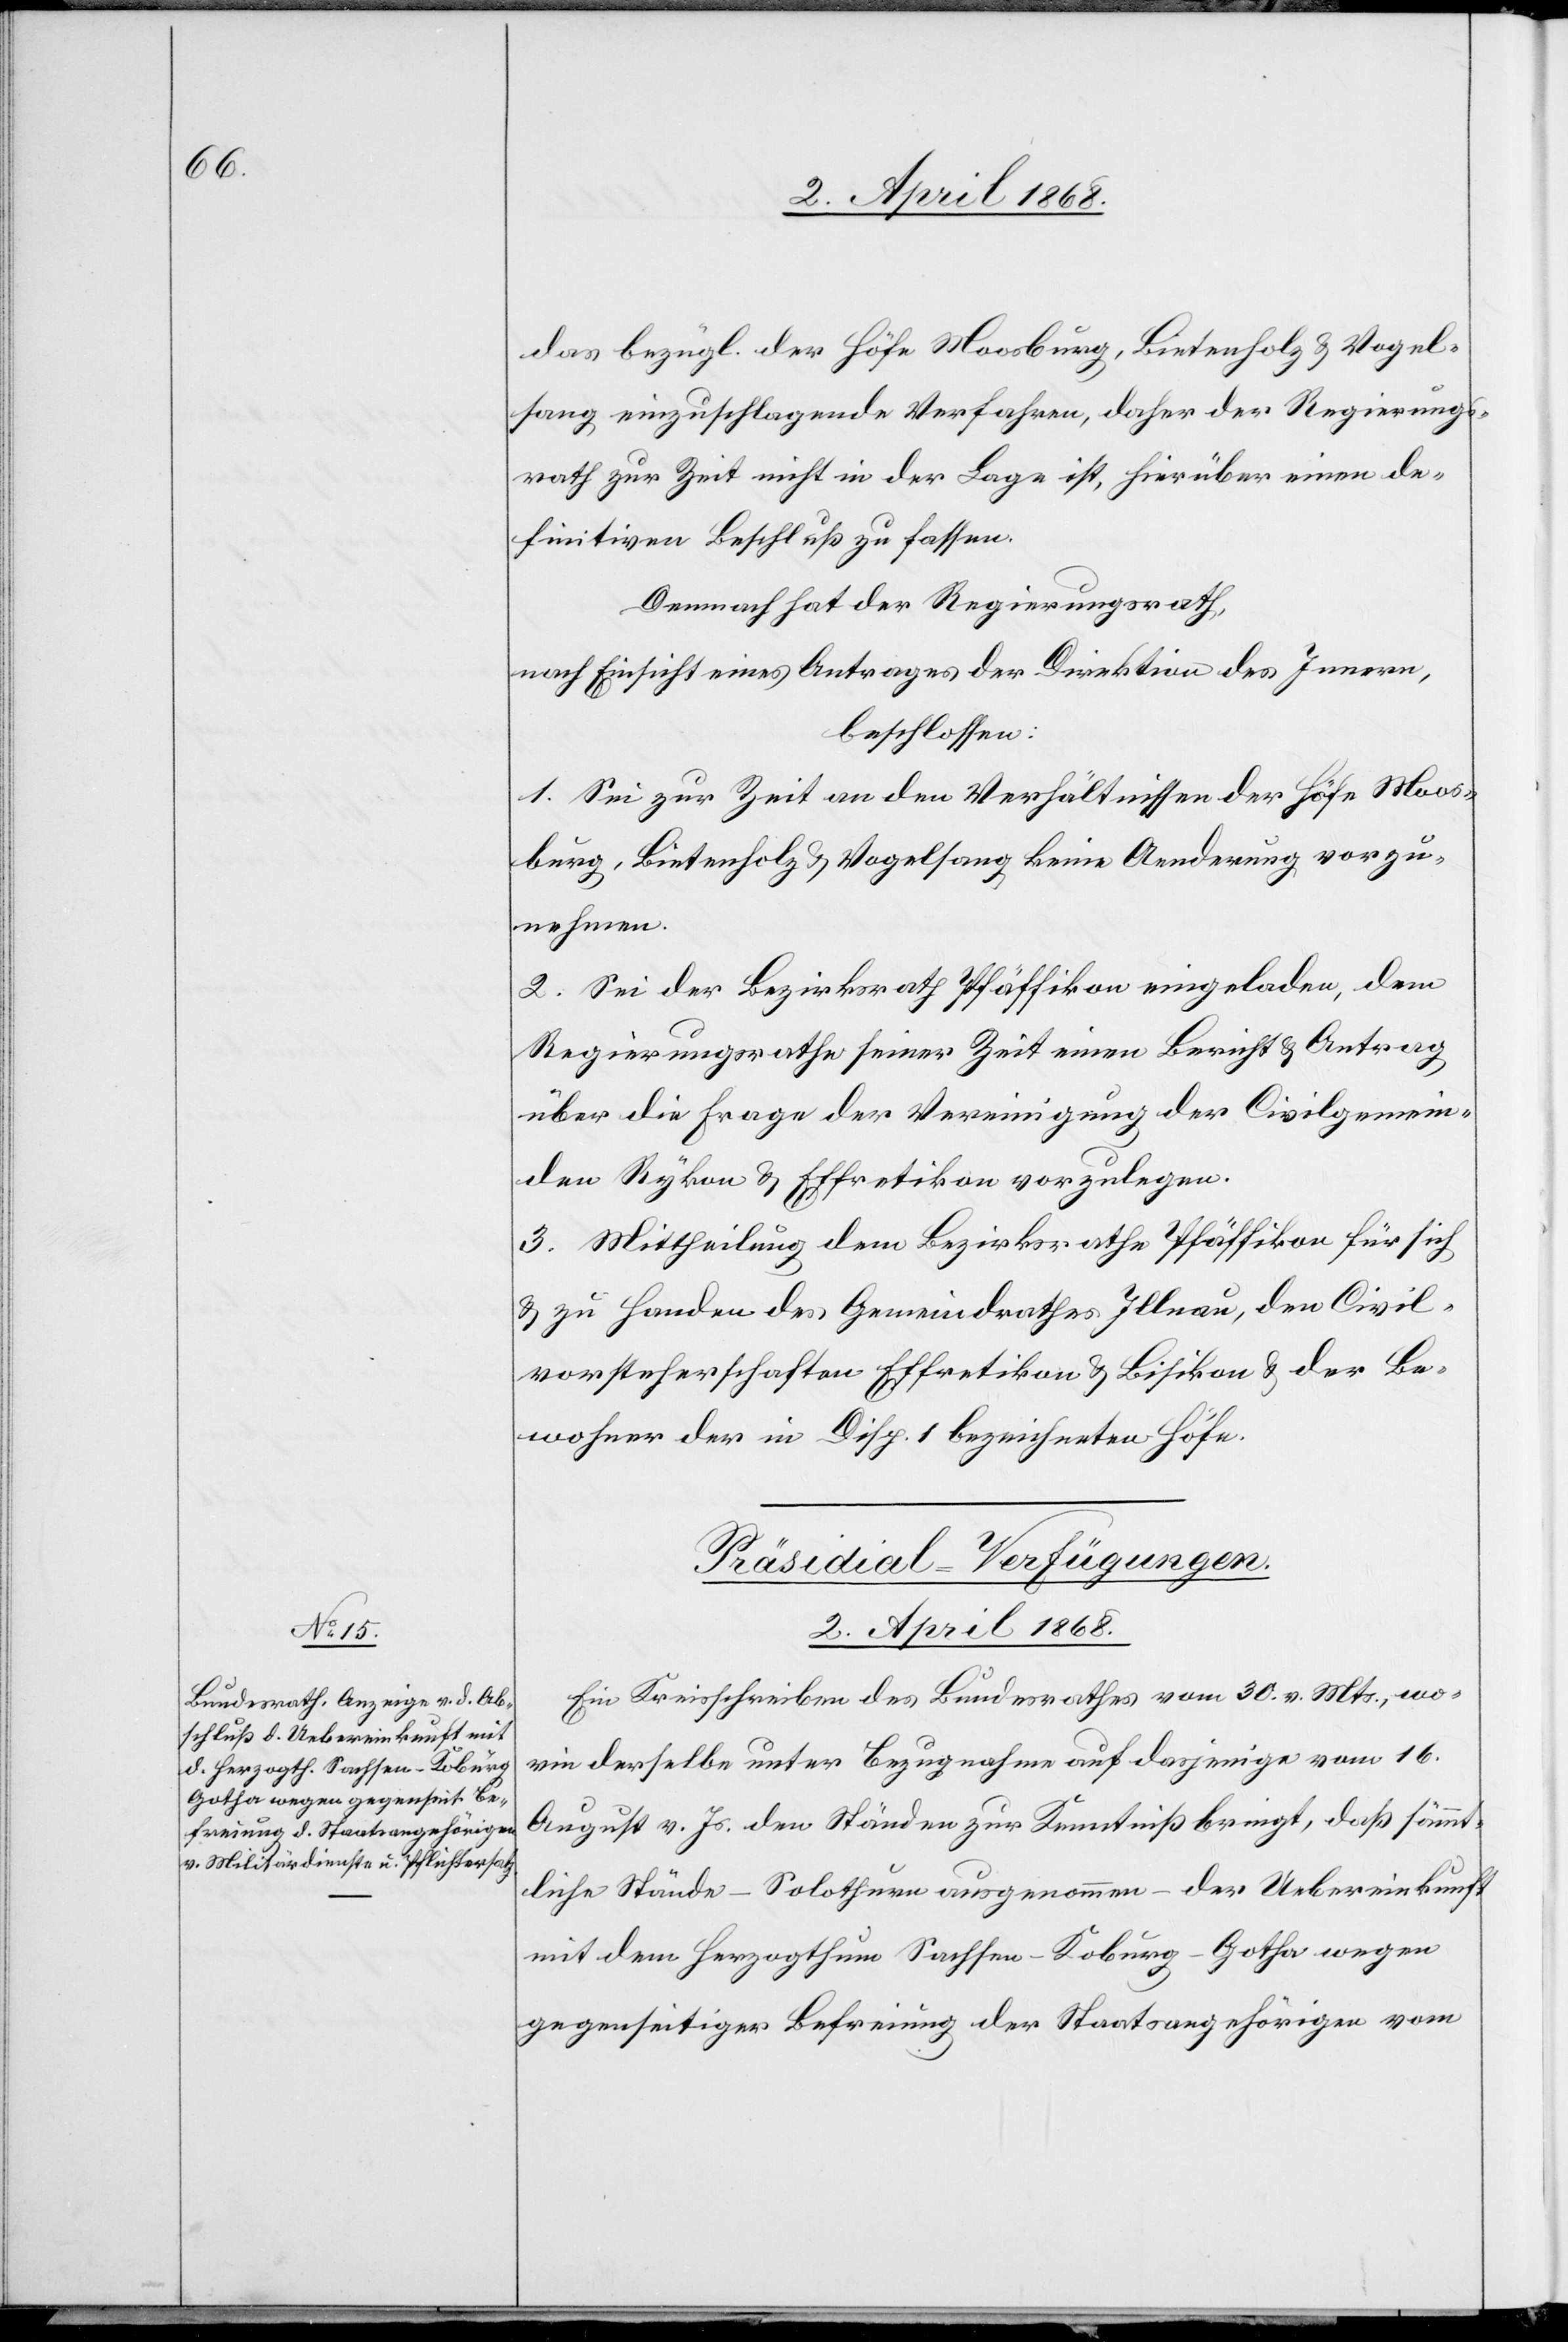
das bezügl. der Höfe Moosburg, Bietenholz & Vogel¬
sang einzuschlagende Verfahren, daher der Regierungs¬
rath zur Zeit nicht in der Lage ist, hierüber einen de¬
finitiven Beschluß zu fassen.
Demnach hat der Regierungsrath,
nach Einsicht eines Antrages der Direktion des Innern,
beschlossen:
1. Sei zur Zeit an den Verhältnissen der Höfe Moos¬
burg, Bietenholz & Vogelsang keine Aenderung vorzu¬
nehmen.
2. Sei der Bezirksrath Pfäffikon eingeladen, dem
Regierungsrathe seiner Zeit einen Bericht & Antrag
über die Frage der Vereinigung der Civilgemein¬
den Rykon & Effretikon vorzulegen.
3. Mittheilung dem Bezirksrathe Pfäffikon für sich
& zu Handen des Gemeindrathes Illnau, den Civil¬
vorsteherschaften Effretikon & Bisikon & der Be¬
wohner der in Disp. 1 bezeichneten Höfe.
Präsidial-Verfügungen.
2. April 1868.
Ein Kreisschreiben des Bundesrathes vom 30. v. Mts., wo¬
rin derselbe unter Bezugnahme auf dasjenige vom 16.
August v. Js. den Ständen zur Kenntniß bringt, daß sämmt¬
liche Stände – Solothurn ausgenommen – der Uebereinkunft
mit dem Herzogthum Sachsen-Koburg-Gotha wegen
gegenseitiger Befreiung der Staatsangehörigen vom